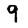
Character: 9